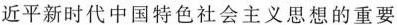
近平新时代中国特色社会主义思想的重要